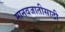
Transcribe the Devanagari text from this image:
मानवजातीसाठी